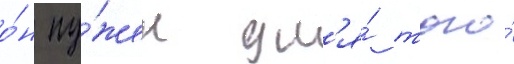
о́н ну́жен дл'я́ того́